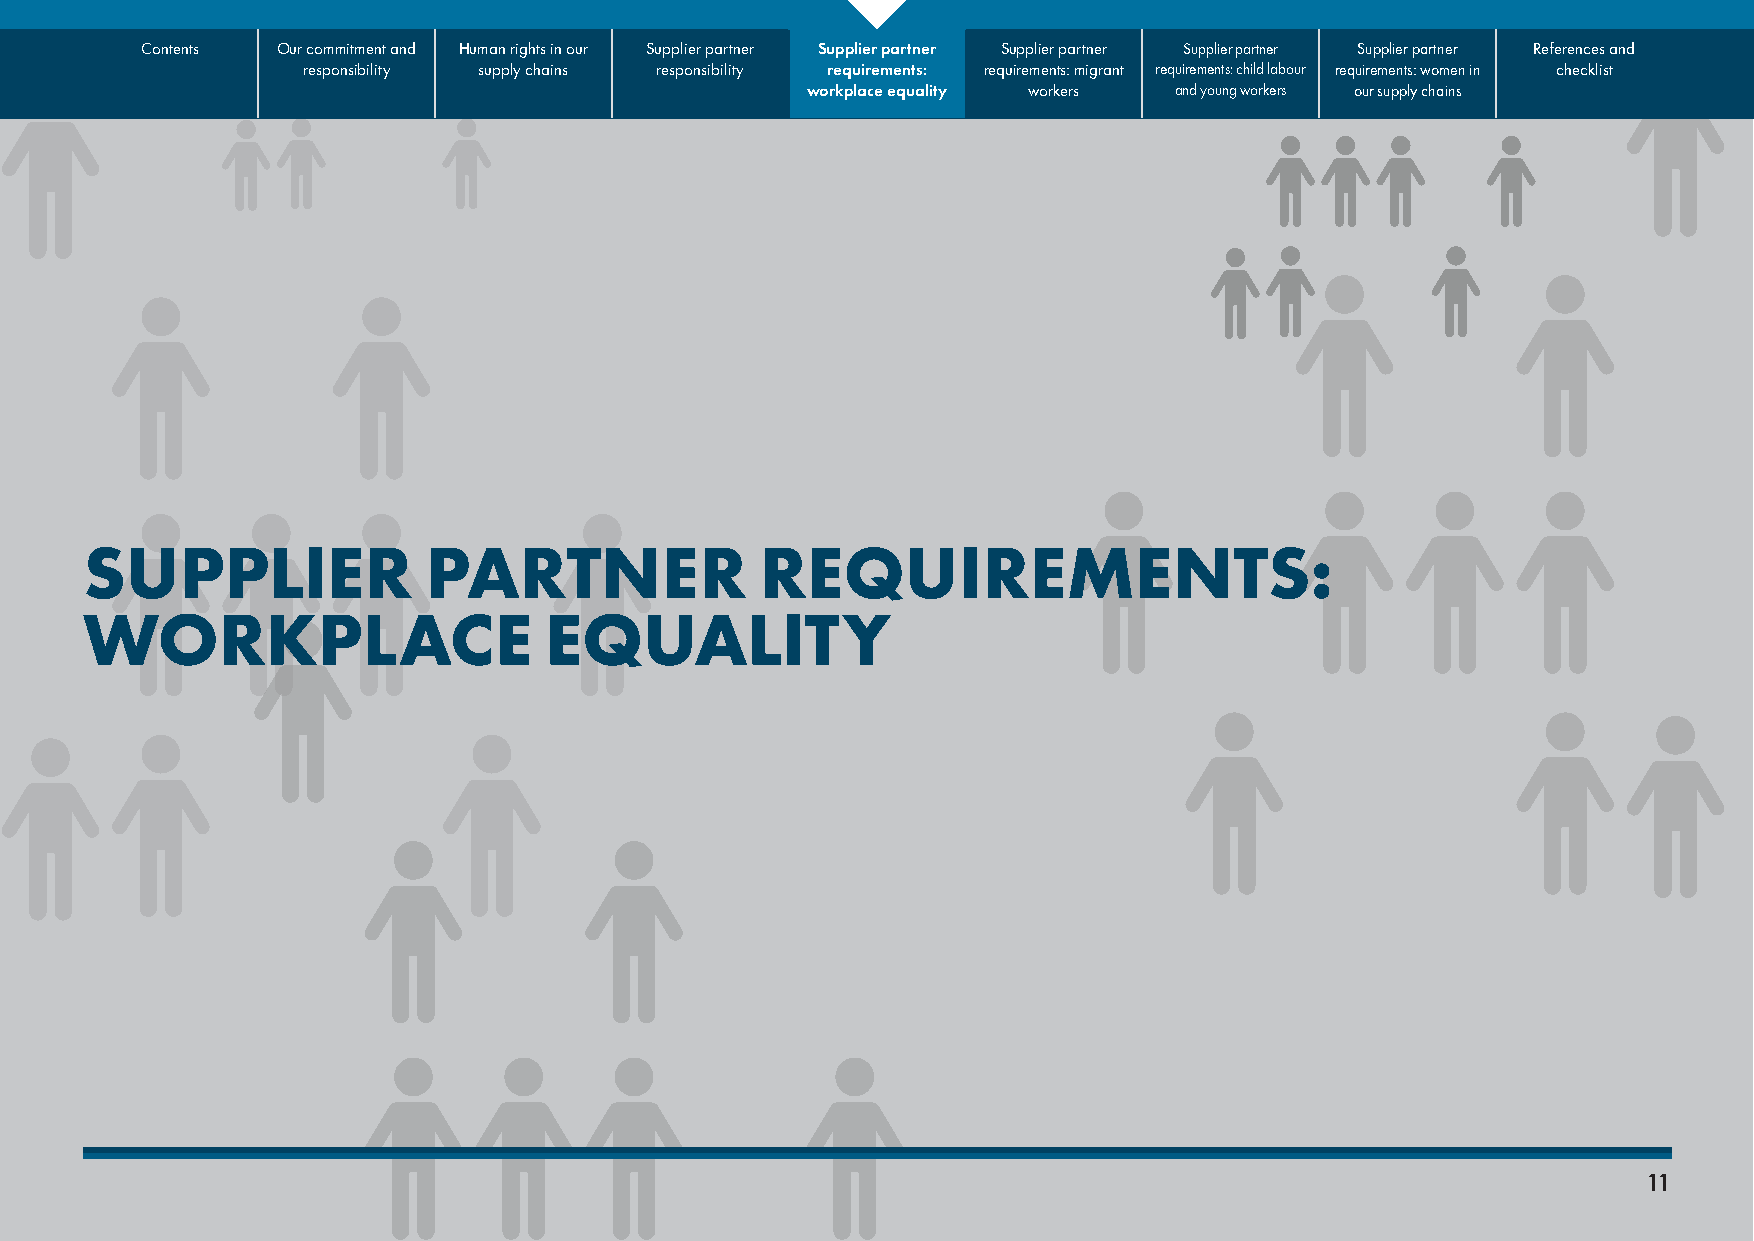
Contents Our commitment and Human rights in our Supplier partner Supplier partner Supplier partner Supplier partner Supplier partner References and
 responsibility supply chains responsibility requirements: requirements: migrant requirements: child labour requirements: women in checklist
 workplace equality workers and young workers our supply chains
 SUPPLIER               PARTNER               REQUIREMENTS:
 WORKPLACE                      EQUALITY
 11